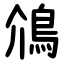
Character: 䲸